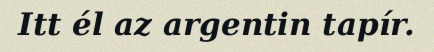
Itt él az argentin tapír.